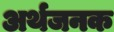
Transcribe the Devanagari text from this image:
अर्थजनक